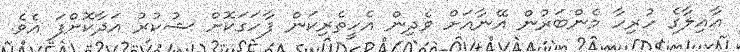
އާއިލާގެ ހުރިހާ މެންބަރުން އޭނާއަށް ވެދިން އެހީތެރިކަން ފާހަގަކޮށް ޝުކުރު އަދާކޮށްފަ އެވެ.